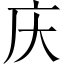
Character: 庆